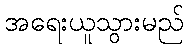
အရေးယူသွားမည်